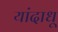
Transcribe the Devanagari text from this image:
यांदाधू